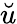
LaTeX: \breve{u}